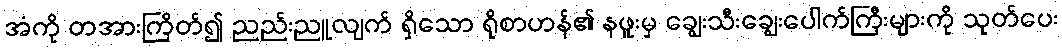
အံကို တအားကြိတ်၍ ညည်းညူလျက် ရှိသော ရိုစာဟန်၏ နဖူးမှ ချွေးသီးချွေးပေါက်ကြီးများကို သုတ်ပေး